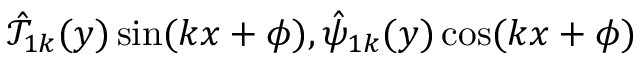
\hat { \mathcal { T } } _ { 1 k } ( y ) \sin ( k x + \phi ) , \hat { \psi } _ { 1 k } ( y ) \cos ( k x + \phi )